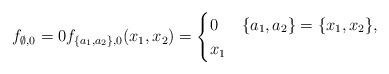
LaTeX: \begin{align*}f_{\emptyset,0}=0f_{\{a_1,a_2\},0}(x_1,x_2)=\begin{cases}0 & \{a_1,a_2\}=\{x_1,x_2\},\\x_1 & \end{cases}\end{align*}